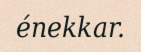
énekkar.